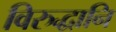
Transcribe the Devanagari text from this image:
विरुद्धानि